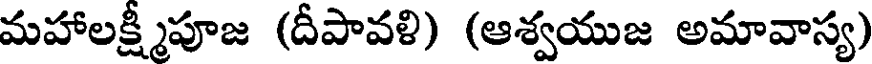
మహాలక్ష్మీపూజ (దీపావళి) (ఆశ్వయుజ అమావాస్య)